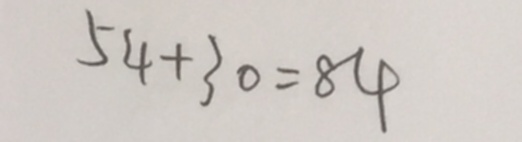
5 4 + 3 0 = 8 4